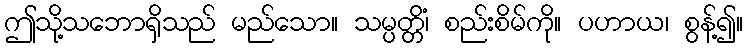
ဤသို့သဘောရှိသည် မည်သော။ သမ္ပတ္တိံ၊ စည်းစိမ်ကို။ ပဟာယ၊ စွန့်၍။